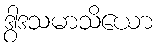
ဒွါဒသမာသိယော